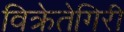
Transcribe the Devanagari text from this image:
विक्रेतेगिरी